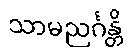
သာမညင်္ဂန္တိ